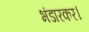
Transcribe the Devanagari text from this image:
भंडारकर।